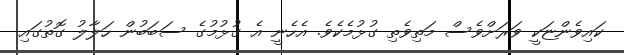
ކައިވެންޏަކީ ވަރަށްވެސް މަތިވެތި ގުޅުމެކެވެ. އެހެނީ އެ ގުޅުމުގެ ސަބަބުން ހަލާލު ގޮތުގައި